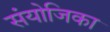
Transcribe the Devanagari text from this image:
संयोजिका